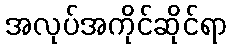
အလုပ်အကိုင်ဆိုင်ရာ